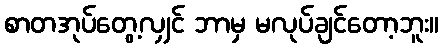
စာတအုပ်တွေ့လျှင် ဘာမှ မလုပ်ချင်တော့ဘူး။